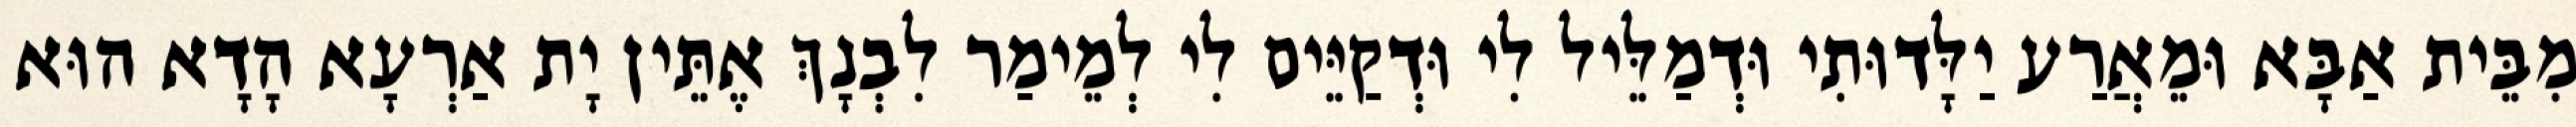
מִבֵּית אַבָּא וּמֵאֲרַע יַלָּדוּתִי וּדְמַלֵּיל לִי וּדְקַיֵּים לִי לְמֵימַר לִבְנָךְ אֶתֵּין יָת אַרְעָא הָדָא הוּא